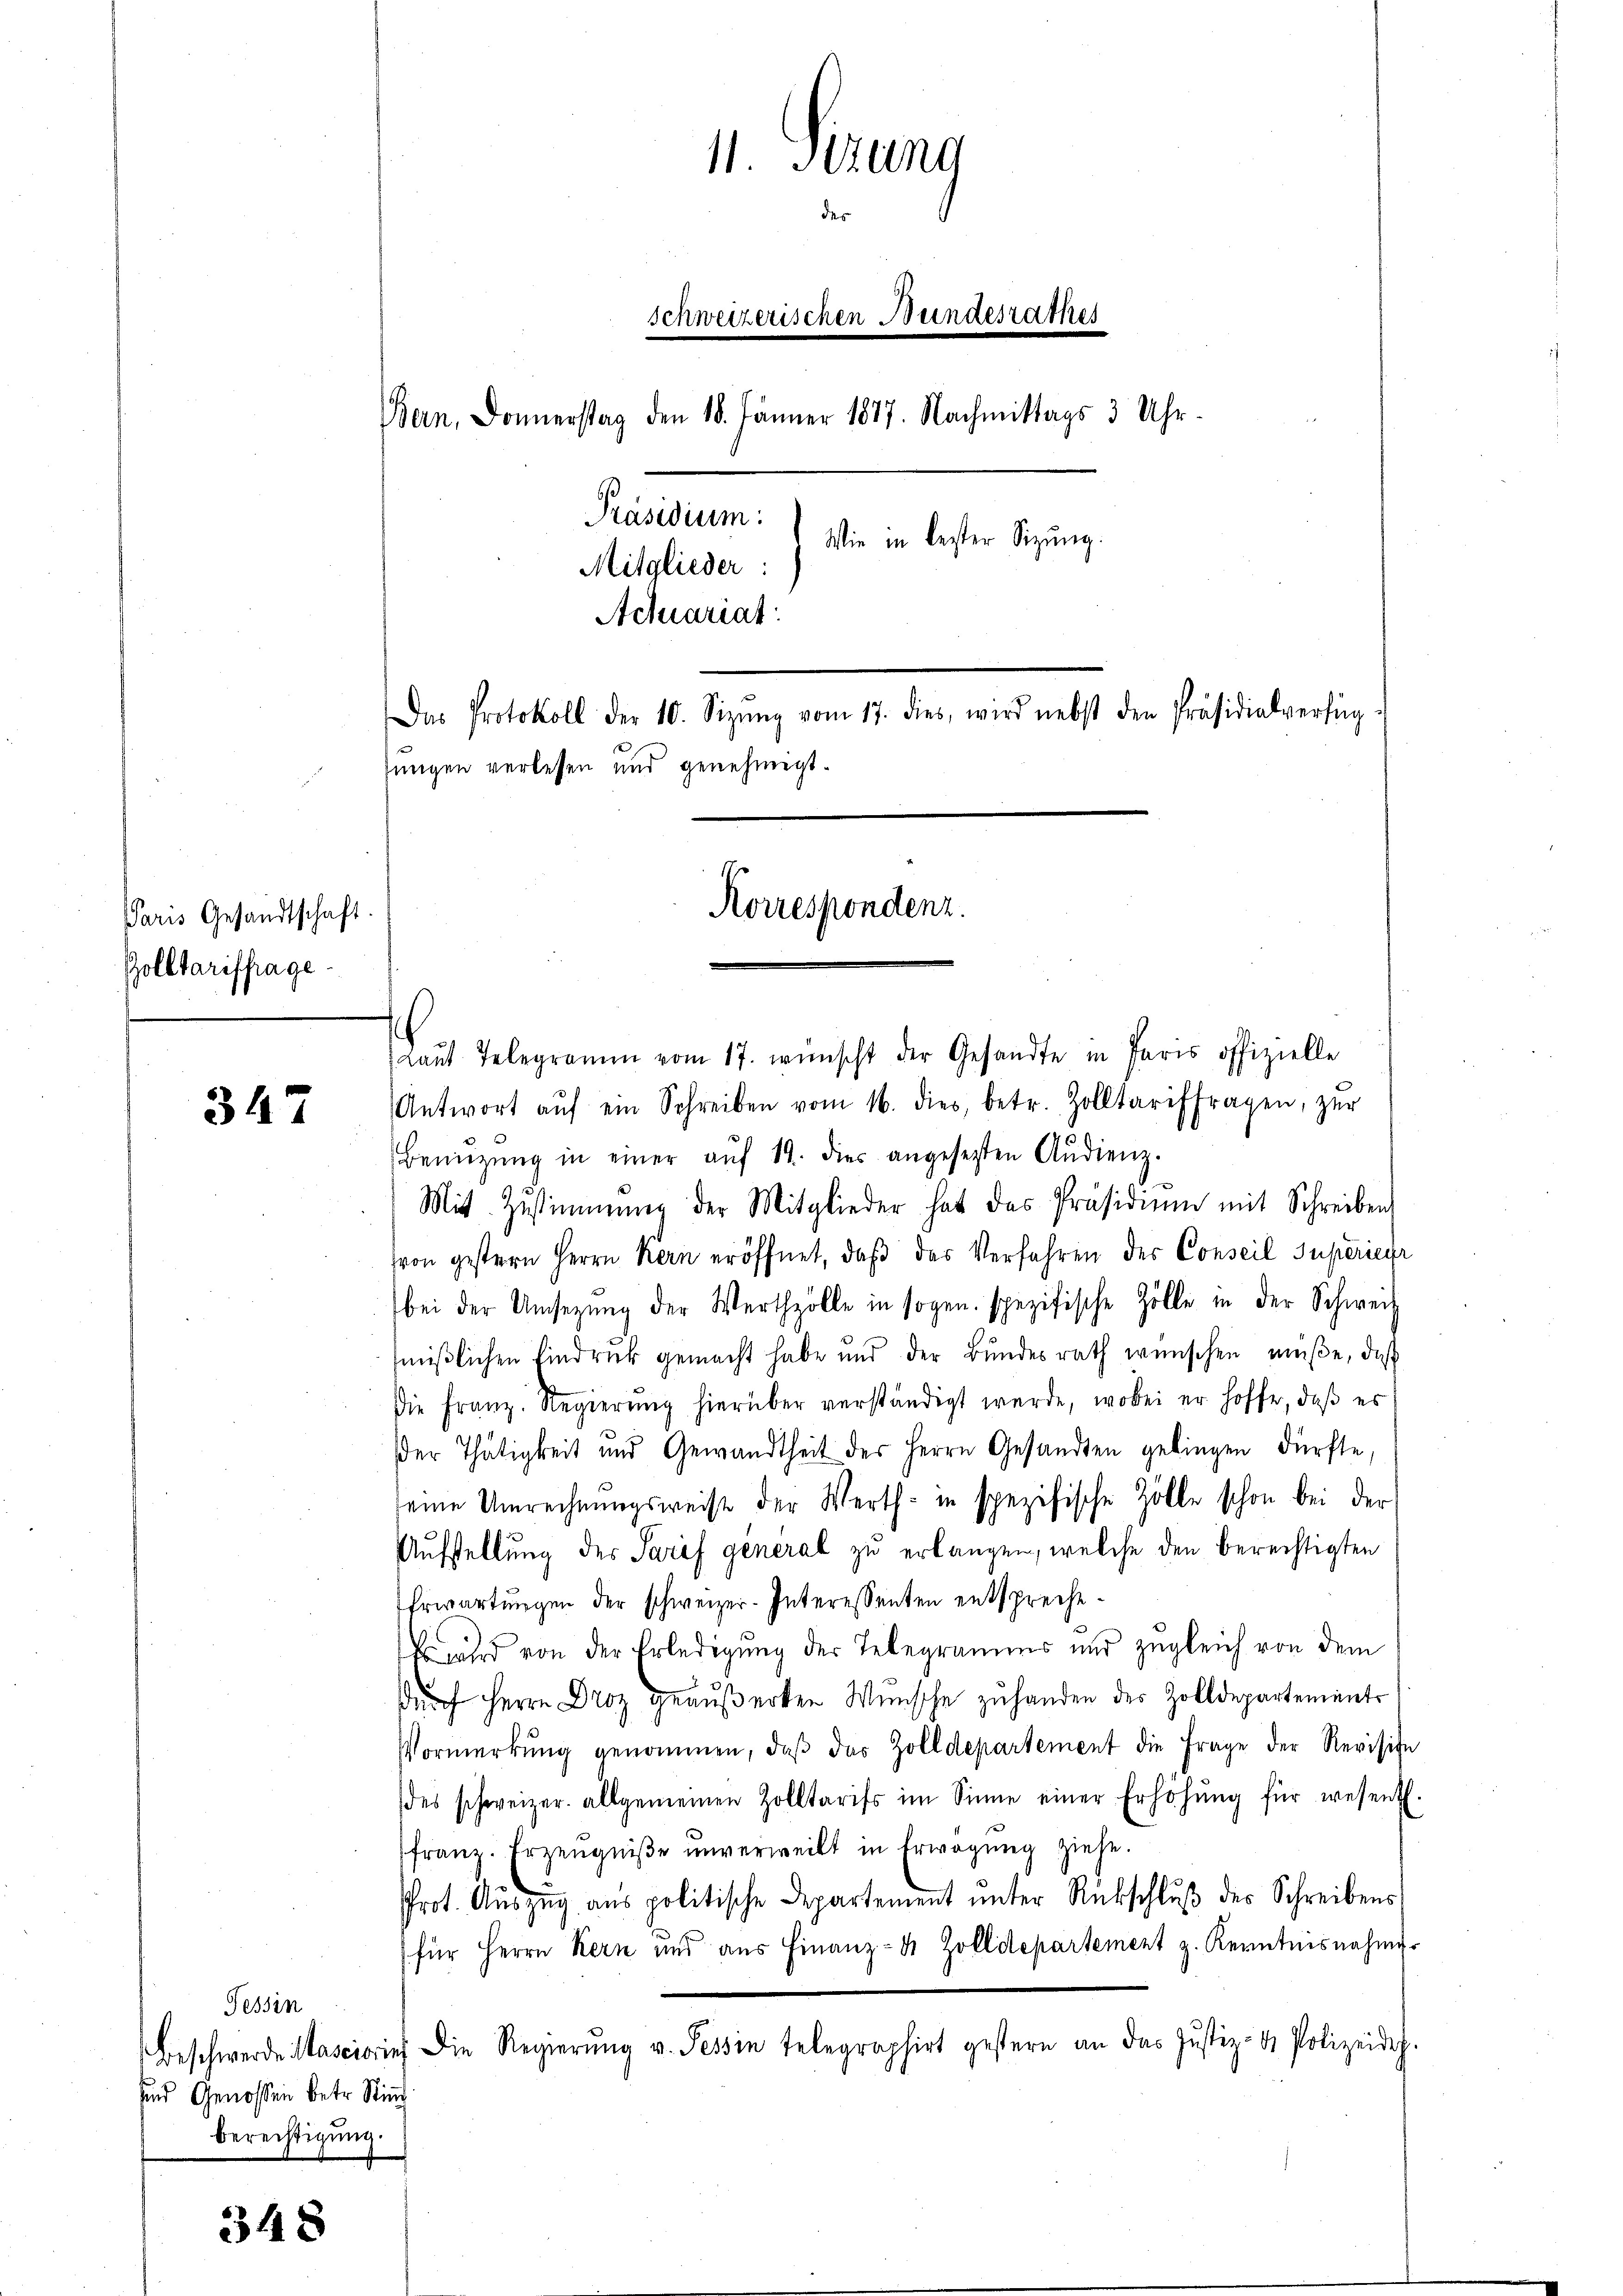
Paris Gesandtschaft.
Zolltariffrage

347

Tessin
und Genossen betr. Stimm
Berechtigung.

3348

11. Serung
des
schweizerischen Bundesrathes
Bern, Donnerstag den 18. Jänner 1877. Nachmittags 3 Uhr¬
Präsidium:
Wie in bester Sitzung.
Mitglieder:
Actuariat
Das Protokoll der 10. Sizŭng vom 17. dies, wird nebst den Präsidialverfüg
jungen verlesen und genehmigt.
Korrespondenz.

Laŭt Telegramm vom 17. wünscht der Gesandte in Paris offizielle
Antwort aŭf ein Schreiben vom 16. dies, betr. Zolltariffragen, zŭr
Benützŭng in einer aŭf 14. dies angesetzten Audienz.
Mit Zŭstimmung der Mitglieder hat das Präsidiŭm mit Schreiben
von gestern Herrn Kern eröffnet, daβ das Verfahren des Conseil Superier
bei der Umsetzŭng der Werthzölle in sogen. spezifische Zölle in der Schweiiβlichen Eindruck gemacht habe und der Bŭndesrath wünschen müße, daß
Die Franz. Regierŭng hierüber verständigt werde, wobei er hoffe, daβ es
der Thätigkeit und Gewandtheit der Herrn Gesandten gebingen dürfte,
seine Umrechnŭngsweise der Werth in spezifische Zolle schon bei der
Aufstellung des Sarif general zu erlangen, welche den berechtigten
Erwartungen der schweizer-Interessenten entspreche¬
Es wird von der Erledigung der Telegramms und zugleich von dem
durch Herrn Droz geäußerten Wunsche zuhanden des Zolldepartements
Vormerkŭng genommen, daβ das Zolldepartement die Frage der Revision
des schweizer. allgemeinen Zolltarifs im Sinne einer Erhöhŭng für wesent.
franz. Erzeugniße unverweilt in Erwägung ziehe.
Prot. Aŭszŭg aŭs politische Departement ŭnter Rückschlŭβ des Schreibens
(für Herrn Kern und aus Finanz- 4 Zolldepartement z. Kenntnisnahmer
Beschwerde Masciarin die Regierŭng v. Tessin telegraphirt gestern an das Justiz- & Polizeides.